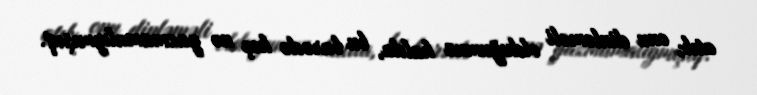
atıb, onu dinləməli olduğumuz halda, bu barədə heç nə yazmamalıymışıq.